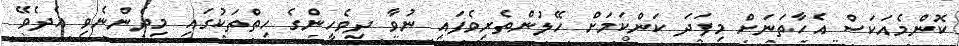
ކޮންމެއަކަސް އެހާތަނަށް މިފަދަ ކަންކަމަށް ހޭލުންތެރިވެފައި ނުވާ ދިވެހީންގެ ހިތްތަކުގައި މިދެންނެވި އެދެވޭ